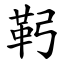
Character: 䩑